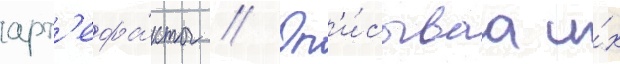
арт'ефа́кты // Оп'и́сываа и́х